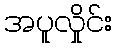
အပူလှိုင်း